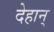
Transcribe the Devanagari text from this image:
देहान्